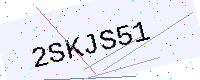
Text: 2SKJS51